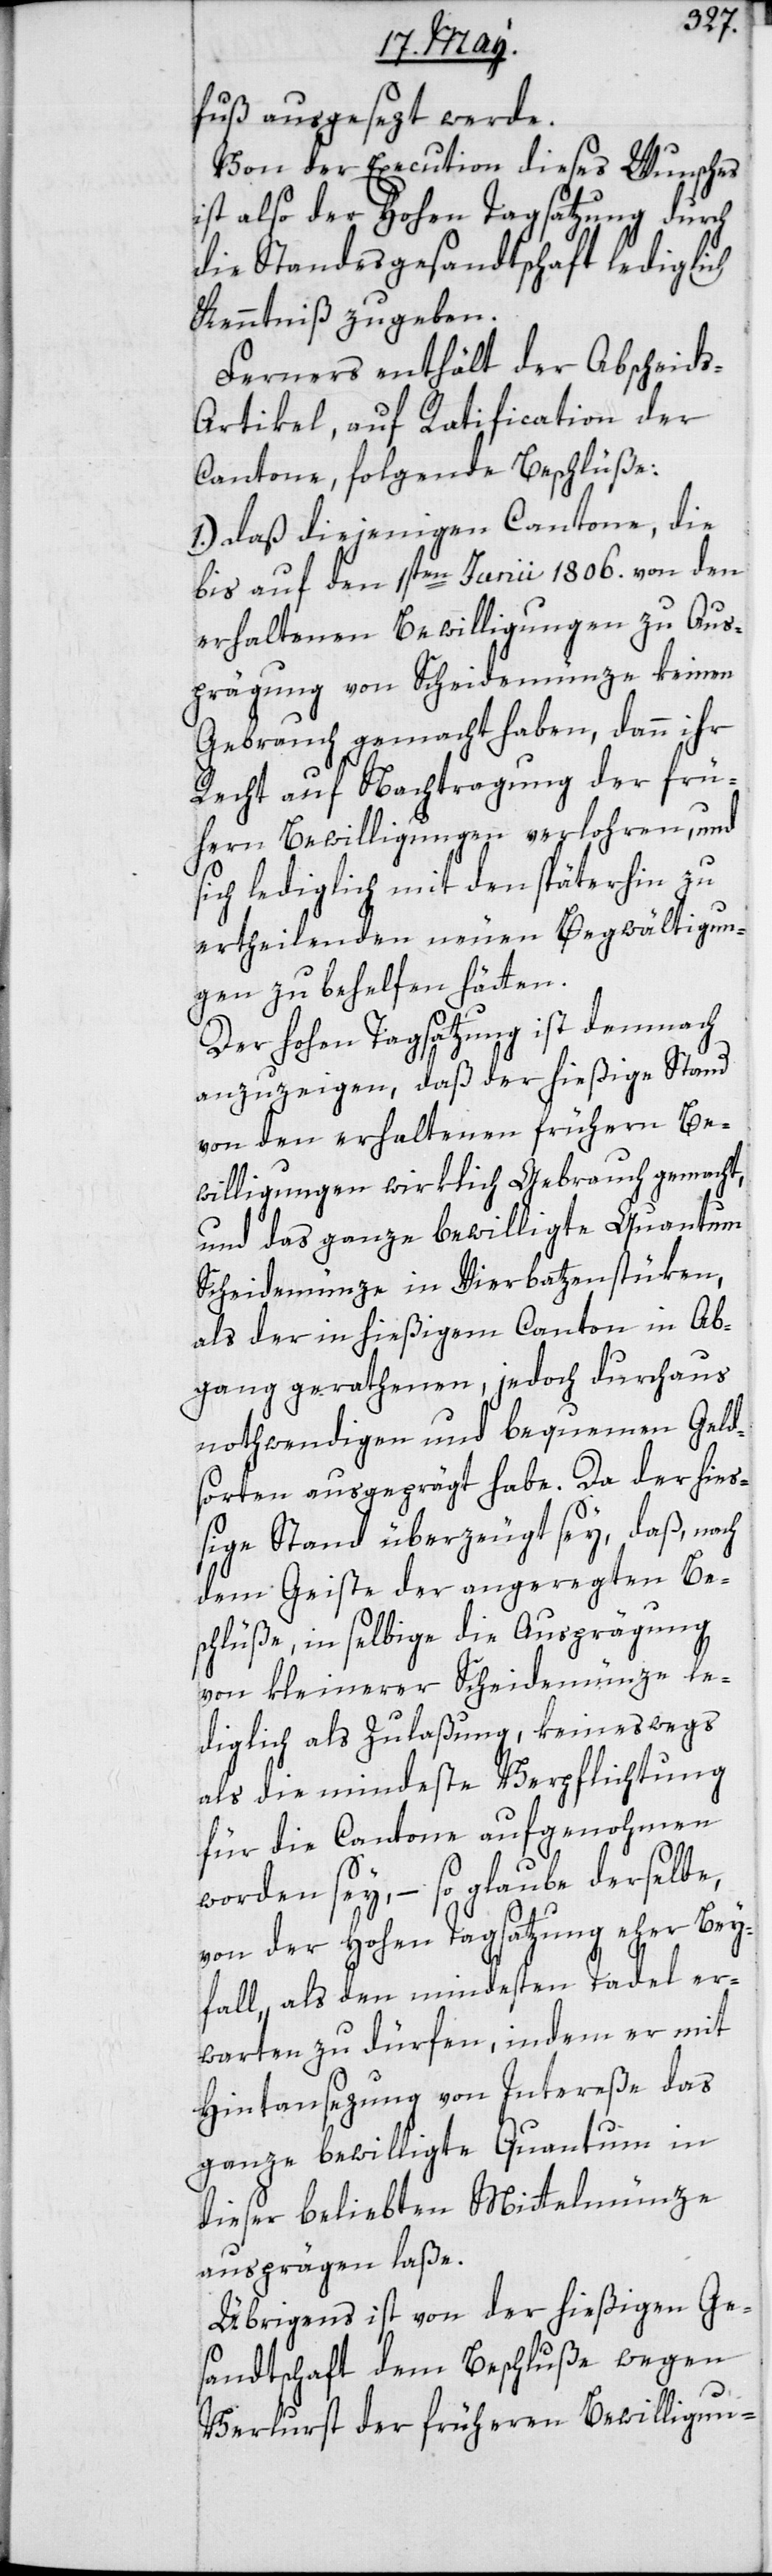
fuß ausgesezt werde.
Von der Execution dieses Wunsches
ist also der hohen Tagsatzung durch
die Standesgesandtschaft lediglich
Kenntniß zu geben.
Ferners enthält der Abscheid¬
s-Artikel, auf Ratification der
Cantone, folgende Beschlüße:
1.) Daß diejenigen Cantone, die
bis auf den 1sten Junii 1806. von den
erhaltenen Bewilligungen zu Aus¬
prägung von Scheidemünze keinen
Gebrauch gemacht haben, dann ihr
Recht auf Nachtragung der frü¬
hern Bewilligungen verlohren, und
sich lediglich mit den späterhin zu
ertheilenden neuen Begwältigun¬
gen zu behelfen hätten.
Der hohen Tagsatzung ist demnach
anzuzeigen, daß der hießige Stand
von den erhaltenen frühern Be¬
willigungen wirklich Gebrauch gemacht,
und das ganze bewilligte Quantum
Scheidemünze in Vierbatzenstüken,
als der in hießigem Canton in Ab¬
gang gerathenen, jedoch durchaus
nothwendigen und bequemen Geld¬
sorten ausgeprägt habe. Da der hieß¬
ige Stand überzeugt sey, daß nach
dem Geiste der angeregten Be¬
schlüße, in selbige die Ausprägung
von kleinerer Scheidemünze le¬
diglich als Zulaßung, keineswegs
als die mindeste Verpflichtung
für die Cantone aufgenohmen
worden sey, – so glaube derselbe,
von der hohen Tagsatzung eher Bey¬
fall, als den mindesten Tadel er¬
warten zu dürfen, indem er mit
Hintansezung von Intereße das
ganze bewilligte Quantum in
dieser beliebten Mittelmünze
ausprägen laße.
Übrigens ist von der hießigen Ge¬
sandtschaft dem Beschluße wegen
Verlurst der früheren Bewilligun-